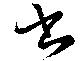
書